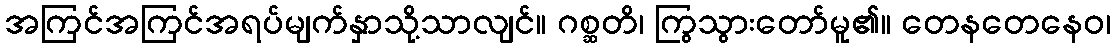
အကြင်အကြင်အရပ်မျက်နှာသို့သာလျင်။ ဂစ္ဆတိ၊ ကြွသွားတော်မူ၏။ တေနတေနေဝ၊